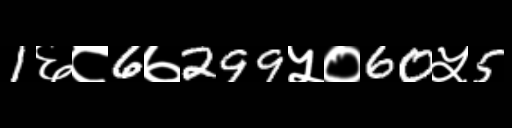
Text: 1६८6७299५०60५5